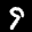
Label: 9